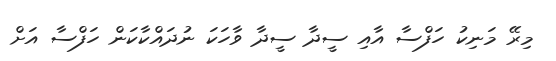
މިރޭ މަނިކު ހަފްސާ އާއި ސީދާ ސީދާ ވާހަކަ ނުދައްކާކަން ހަފްސާ އަށް